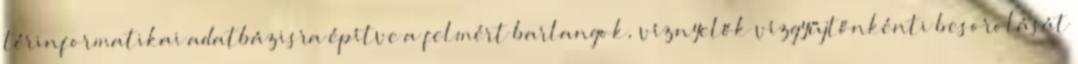
térinformatikai adatbázisra építve a felmért barlangok, víznyelők vízgyűjtőnkénti besorolását